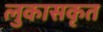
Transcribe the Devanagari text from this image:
लुकासकृत